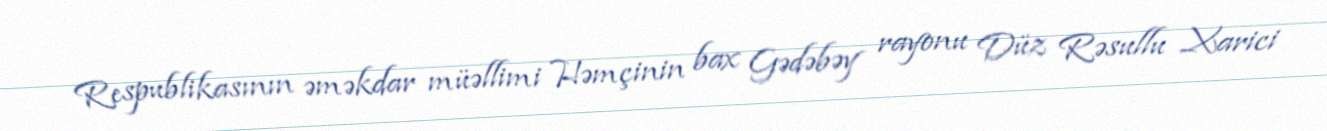
Respublikasının əməkdar müəllimi Həmçinin bax Gədəbəy rayonu Düz Rəsullu Xarici